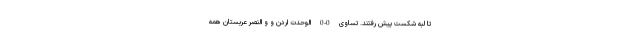
تا لبه شکست پیش رفتند. تساوی 0-0 الوحدت اردن و و النصر عربستان همه